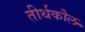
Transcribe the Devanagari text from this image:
तीर्थकौल